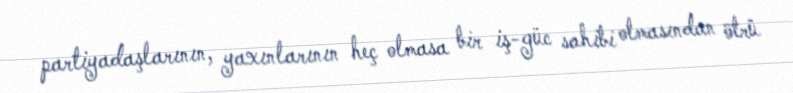
partiyadaşlarının, yaxınlarının heç olmasa bir iş-güc sahibi olmasından ötrü